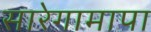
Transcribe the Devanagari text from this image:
सारेगामापा